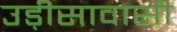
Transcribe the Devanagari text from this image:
उड़ीसावासी